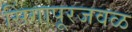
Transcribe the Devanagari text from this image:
सिंगापूरजवळ